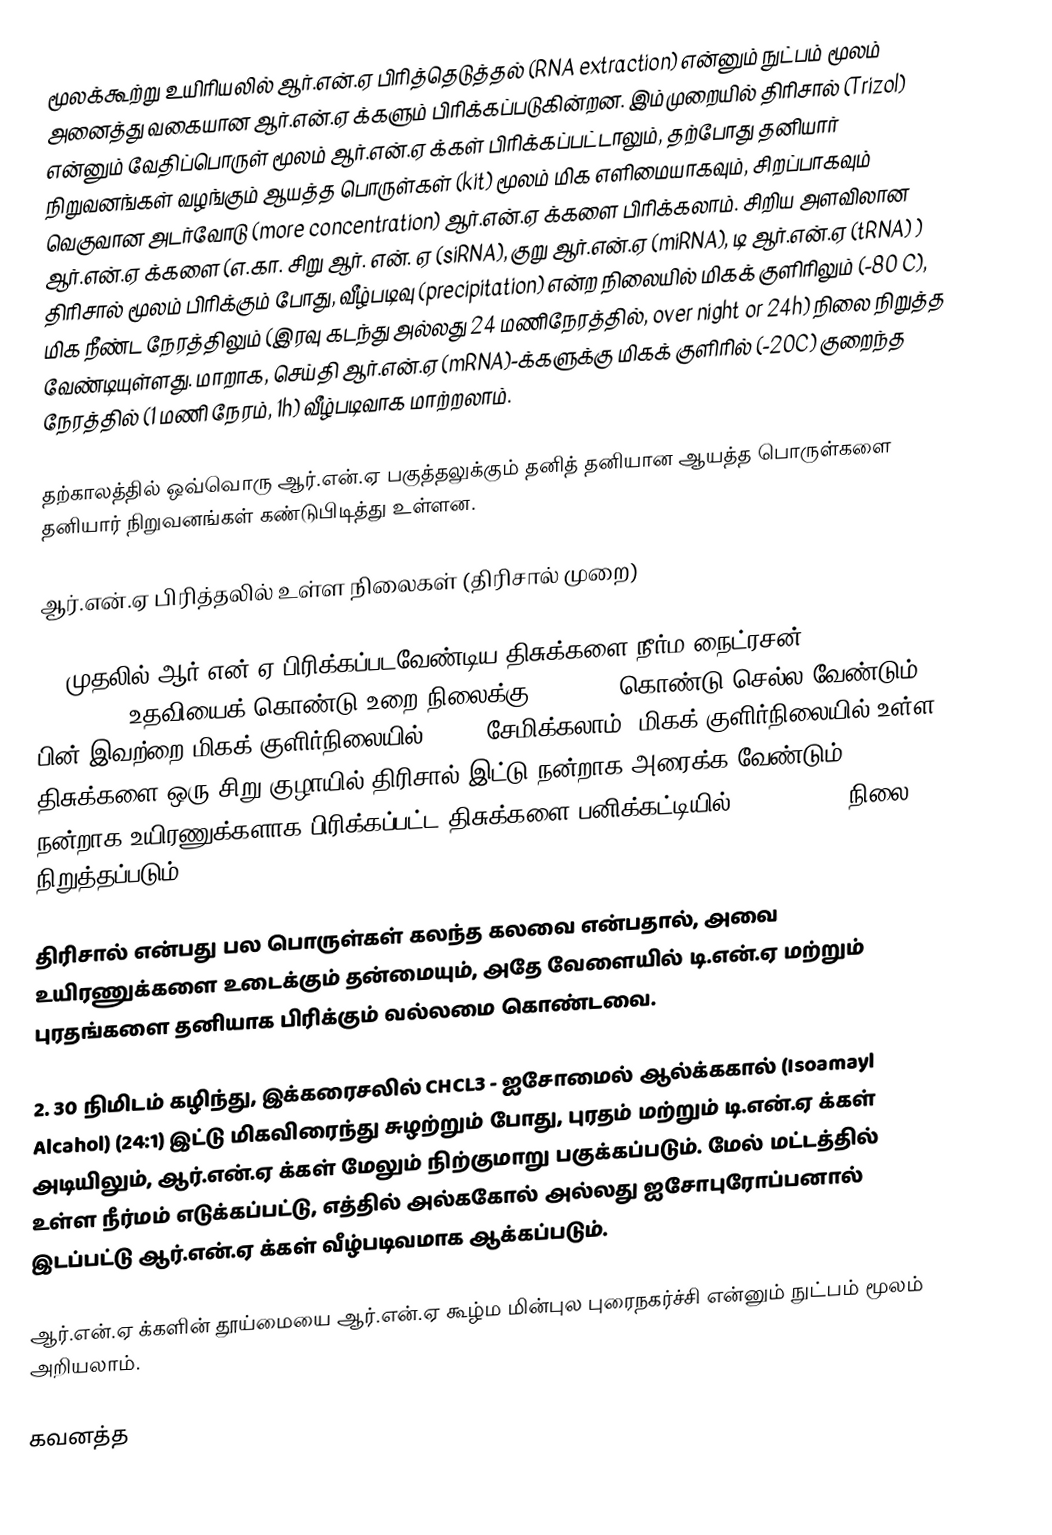
மூலக்கூற்று உயிரியலில் ஆர்.என்.ஏ பிரித்தெடுத்தல் (RNA extraction) என்னும் நுட்பம் மூலம் அனைத்து வகையான ஆர்.என்.ஏ க்களும் பிரிக்கப்படுகின்றன. இம்முறையில் திரிசால் (Trizol) என்னும் வேதிப்பொருள் மூலம் ஆர்.என்.ஏ க்கள் பிரிக்கப்பட்டாலும், தற்போது தனியார் நிறுவனங்கள் வழங்கும் ஆயத்த பொருள்கள் (kit) மூலம் மிக எளிமையாகவும், சிறப்பாகவும்   வெகுவான அடர்வோடு (more concentration) ஆர்.என்.ஏ க்களை பிரிக்கலாம். சிறிய அளவிலான ஆர்.என்.ஏ க்களை (எ.கா. சிறு ஆர். என். ஏ (siRNA), குறு ஆர்.என்.ஏ (miRNA), டி ஆர்.என்.ஏ (tRNA) ) திரிசால் மூலம்  பிரிக்கும் போது, வீழ்படிவு (precipitation) என்ற நிலையில் மிகக் குளிரிலும் (-80 C), மிக நீண்ட நேரத்திலும் (இரவு கடந்து அல்லது 24 மணிநேரத்தில், over night or 24h) நிலை நிறுத்த வேண்டியுள்ளது. மாறாக, செய்தி ஆர்.என்.ஏ (mRNA)-க்களுக்கு மிகக் குளிரில் (-20C) குறைந்த நேரத்தில் (1 மணி நேரம், 1h) வீழ்படிவாக மாற்றலாம்.

தற்காலத்தில்  ஒவ்வொரு ஆர்.என்.ஏ பகுத்தலுக்கும் தனித் தனியான ஆயத்த பொருள்களை தனியார் நிறுவனங்கள் கண்டுபிடித்து உள்ளன.

ஆர்.என்.ஏ பிரித்தலில் உள்ள நிலைகள் (திரிசால் முறை)

1. முதலில் ஆர்.என்.ஏ பிரிக்கப்படவேண்டிய திசுக்களை நீர்ம நைட்ரசன் (liquid Nitrogen) உதவியைக் கொண்டு உறை நிலைக்கு (freeze) கொண்டு செல்ல வேண்டும். பின் இவற்றை மிகக் குளிர்நிலையில்(-80C) சேமிக்கலாம். மிகக் குளிர்நிலையில் உள்ள திசுக்களை ஒரு சிறு குழாயில் திரிசால் இட்டு நன்றாக அரைக்க வேண்டும். நன்றாக உயிரணுக்களாக பிரிக்கப்பட்ட திசுக்களை பனிக்கட்டியில் (ice cubes) நிலை நிறுத்தப்படும்.

திரிசால் என்பது பல பொருள்கள் கலந்த கலவை என்பதால், அவை உயிரணுக்களை உடைக்கும் தன்மையும், அதே வேளையில் டி.என்.ஏ மற்றும் புரதங்களை தனியாக பிரிக்கும் வல்லமை கொண்டவை.

2. 30 நிமிடம் கழிந்து, இக்கரைசலில் CHCL3 - ஐசோமைல் ஆல்க்ககால் (Isoamayl Alcahol) (24:1) இட்டு மிகவிரைந்து சுழற்றும் போது, புரதம் மற்றும் டி.என்.ஏ க்கள் அடியிலும், ஆர்.என்.ஏ க்கள் மேலும் நிற்குமாறு பகுக்கப்படும். மேல் மட்டத்தில் உள்ள நீர்மம் எடுக்கப்பட்டு, எத்தில் அல்ககோல் அல்லது ஐசோபுரோப்பனால் இடப்பட்டு ஆர்.என்.ஏ க்கள் வீழ்படிவமாக ஆக்கப்படும்.

ஆர்.என்.ஏ க்களின் தூய்மையை ஆர்.என்.ஏ கூழ்ம மின்புல புரைநகர்ச்சி என்னும் நுட்பம் மூலம் அறியலாம்.

கவனத்த